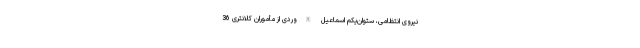
نیروی انتظامی، ستوان‌یکم اسماعیل الله‌وردی از مأموران کلانتری 36